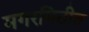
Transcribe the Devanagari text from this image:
मगरमिठीत